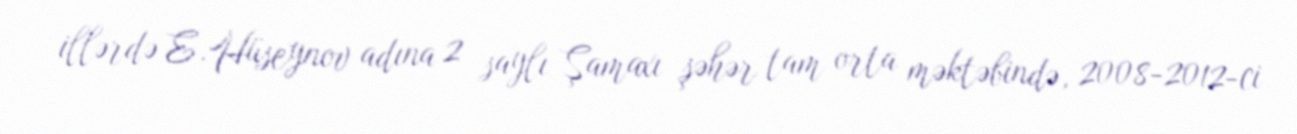
illərdə E.Hüseynov adına 2 saylı Şamaxı şəhər tam orta məktəbində, 2008-2012-ci